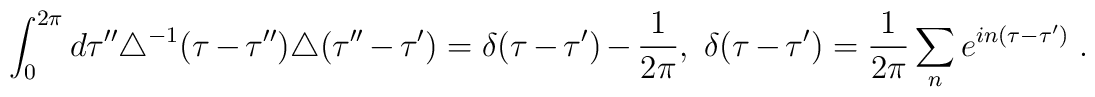
\int_0^{2\pi} d\tau''\triangle^{-1}(\tau-\tau'')\triangle (\tau''-\tau')=\delta (\tau-\tau')-\frac{1}{2\pi} ,  \ \delta(\tau-\tau')=\frac{1}{2\pi}\sum_ne^{in(\tau-\tau')} \ .